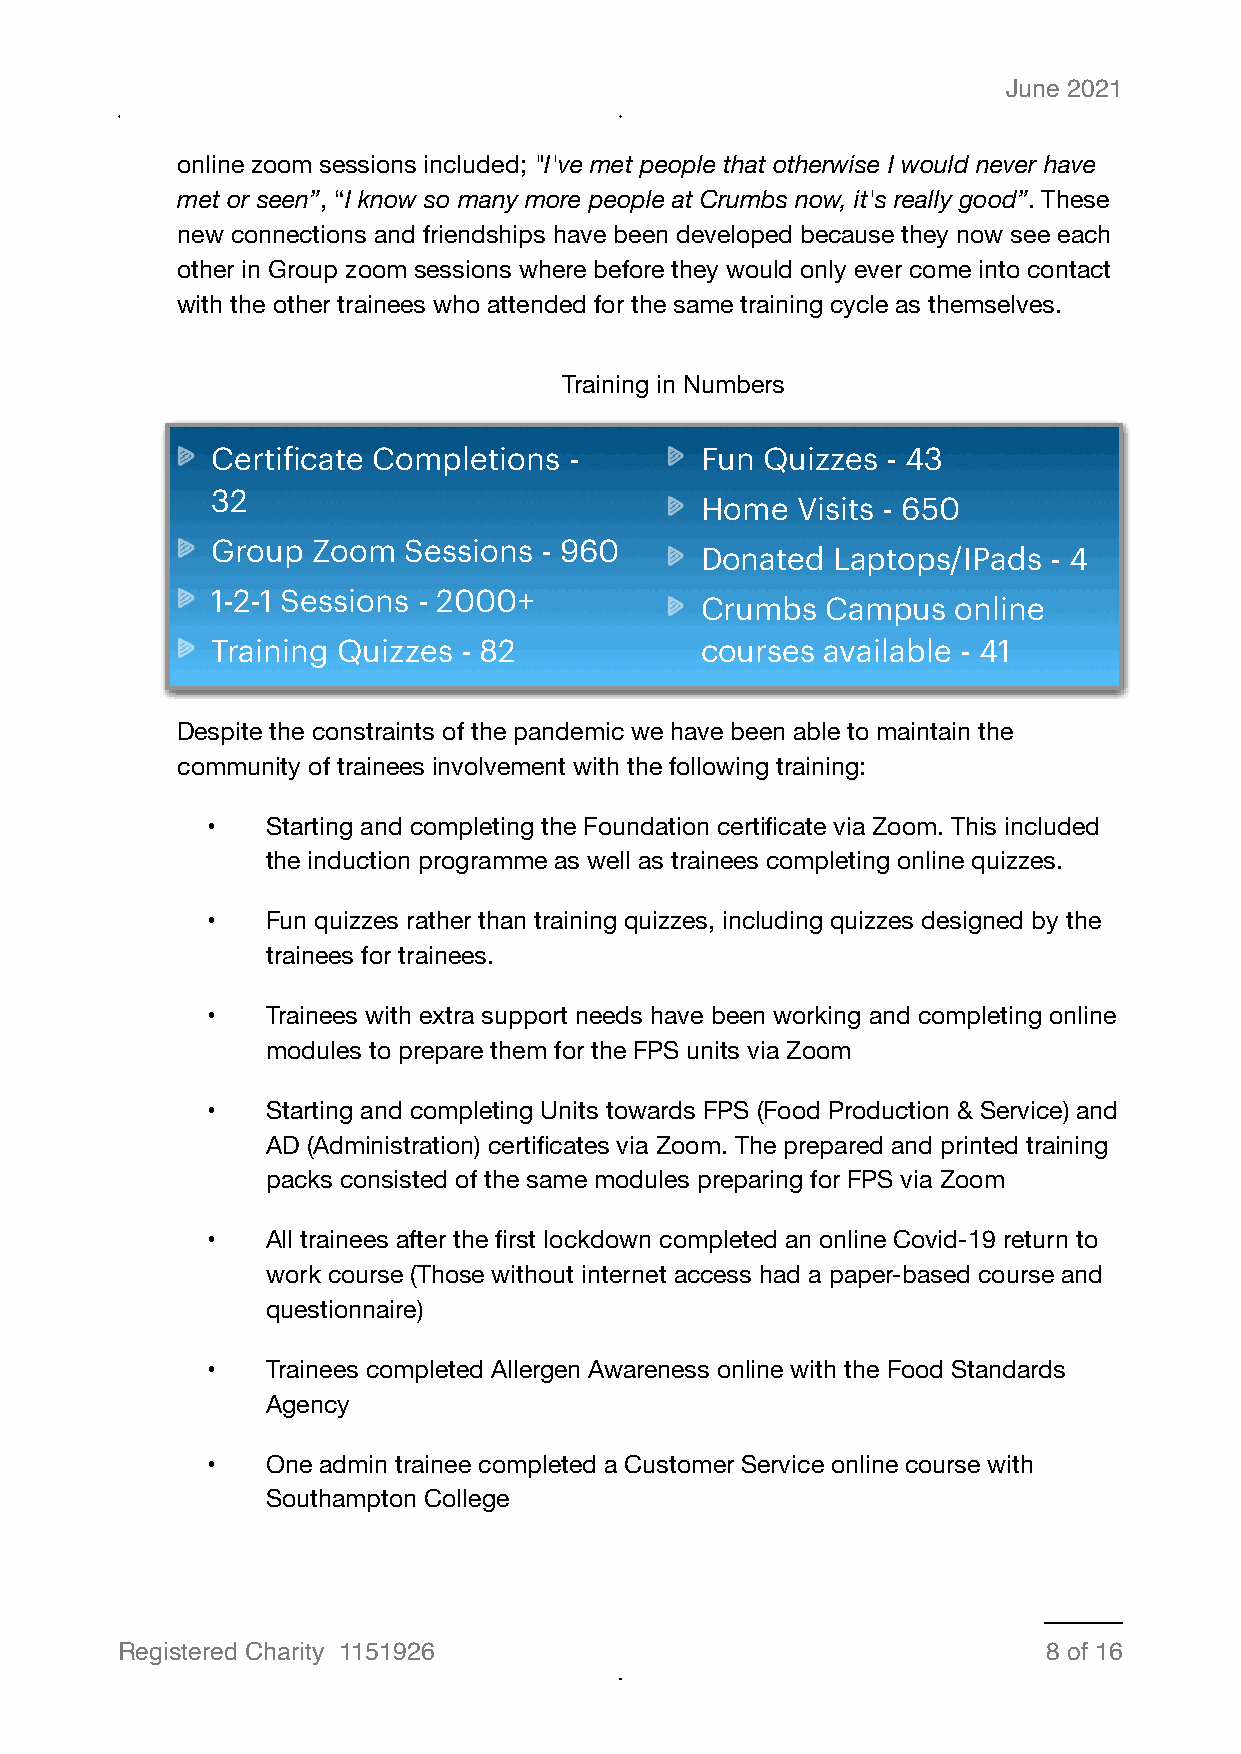
June 2021
 online zoom sessions included; "I've met people that otherwise I would never have
 met or seen”, “I know so many more people at Crumbs now, it's really good”. These
 new connections and friendships have been developed because they now see each
 other in Group zoom sessions where before they would only ever come into contact
 with the other trainees who attended for the same training cycle as themselves.
 Training in Numbers
 Certificate Completions -       Fun Quizzes  - 43
 32
 Home   Visits - 650
 Group  Zoom  Sessions - 960
 Donated  Laptops/IPads - 4
 1-2-1 Sessions - 2000+
 Crumbs   Campus  online
 Training Quizzes - 82           courses  available - 41
 Despite the constraints of the pandemic we have been able to maintain the
 community of trainees involvement with the following training:
 •   Starting and completing the Foundation certificate via Zoom. This included
 the induction programme as well as trainees completing online quizzes.
 •   Fun quizzes rather than training quizzes, including quizzes designed by the
 trainees for trainees.
 •   Trainees with extra support needs have been working and completing online
 modules to prepare them for the FPS units via Zoom
 •   Starting and completing Units towards FPS (Food Production & Service) and
 AD (Administration) certificates via Zoom. The prepared and printed training
 packs consisted of the same modules preparing for FPS via Zoom
 •   All trainees after the first lockdown completed an online Covid-19 return to
 work course (Those without internet access had a paper-based course and
 questionnaire)
 •   Trainees completed Allergen Awareness online with the Food Standards
 Agency
 •   One admin trainee completed a Customer Service online course with
 Southampton College
 Registered Charity 1151926                                   8 of 16